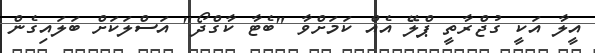
އީލާ އަކީ ގުޖްރާތީ ޕްލޭ އެއް ކަމަށްވާ "ބެޓާ ކާގްދޯ" އަސްލަކަށް ބަލައިގެން